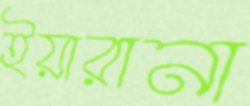
ইয়ারানা